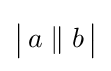
{\big |}\,a\parallel b\,{\big |}